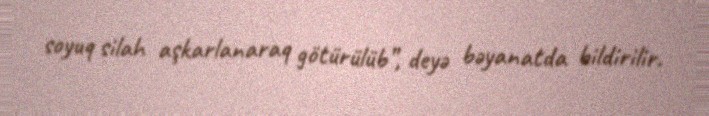
soyuq silah aşkarlanaraq götürülüb”, deyə bəyanatda bildirilir.